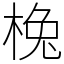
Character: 㭸